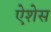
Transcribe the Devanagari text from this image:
ऐशेस